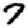
Digit: 7